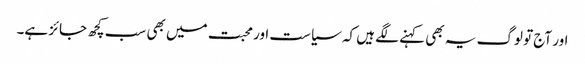
اور آج تو لوگ یہ بھی کہنے لگے ہیں کہ سیاست اور محبت میں بھی سب کچھ جائز ہے۔